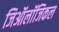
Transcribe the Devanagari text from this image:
जिऑलॉजिकल